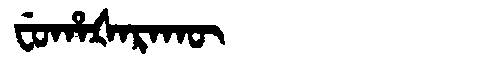
Manchu: ᠸᡠᡥᠠᡧᠠᡵᠠᡴᡡ
Romanization: FUHAŠARAKŪ